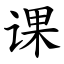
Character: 课